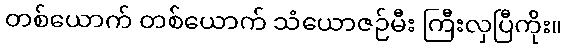
တစ်ယောက် တစ်ယောက် သံယောဇဉ်မီး ကြီးလှပြီကိုး။